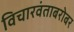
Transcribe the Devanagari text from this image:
विचारवंताबरोबर